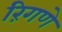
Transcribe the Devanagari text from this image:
रिंगणे